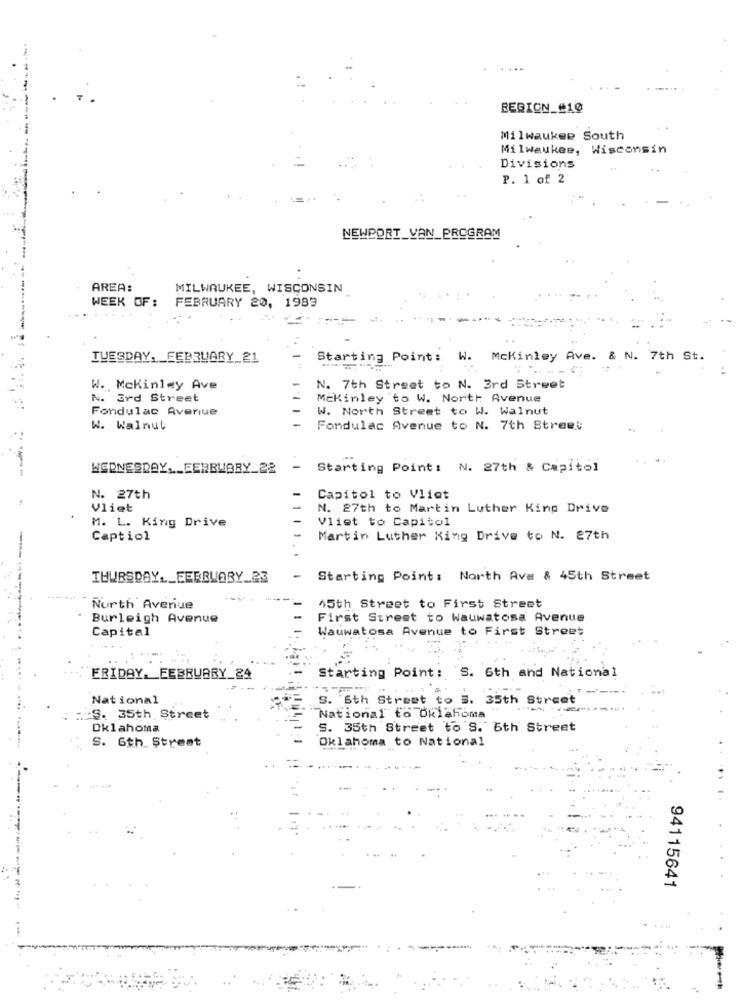
REGION_#10
. .
Milwaukee South
Milwaukee, Wisconsin
Divisions
P. 1 of 2
NEWPORT_VAN_PROGRAM
AREA:
MILWAUKEE, WISCONSIN
WEEK OF :
FEBRUARY 20, 1989
TUESDAY. _ FEBRUARY_21
Starting Point:
W.
Mckinley Ave. & N. 7th St.
W. Mckinley Ave
N. 7th Street to N. 3rd Street
N. 3rd Street
Mckinley "to W. North Avenue
Fondulac Avenue
W. North Street to W. Walnut
W. Walnut
Fondulac Avenue to N. 7th Street
--
WEDNESDAY ,._ FEBRUARY_22
Starting Point: N. 27th & Capitol
N. 27th
Capitol to Vliet
Vliet
N. 27th to Martin Luther King Drive
M. L. King Drive
Vliet to Capitol
Captiol
Martin Luther King Drive to N. 27th
THURSDAY __ FEBRUARY_23
Starting Point: North Ava & 45th Street
Nurth Avenue
45th Street to First Street
Burleigh Avenue
First Street to Wauwatosa Avenue
Capital
Wauwatosa Avenue to First Street
Starting Point: S. 6th and National
ERIDAY. FEBRUARY_24
National
S. 'Sth Street to S. 35th Street
: S. 35th Street
National to Oklahoma
Oklahoma
S. 35th Street to S. 6th Street
S. 6th Street
Oklahoma to National
94115641